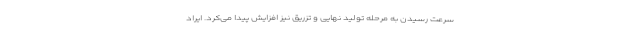
سرعت رسیدن به مرحله تولید نهایی و تزریق نیز افزایش پیدا می‌کرد. ایراد